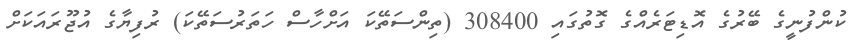
ކުންފުނީގެ ބޭރުގެ އޮޑިޓަރެއްގެ ގޮތުގައި 308400 (ތިންސަތޭކަ އަށްހާސް ހަތަރުސަތޭކަ) ރުފިޔާގެ އުޖޫރައަކަށް